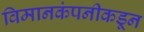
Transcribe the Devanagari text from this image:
विमानकंपनीकडून